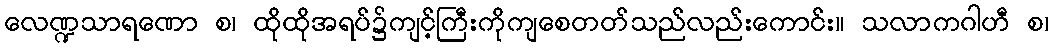
လေဏ္ဍသာရဏော စ၊ ထိုထိုအရပ်၌ကျင့်ကြီးကိုကျစေတတ်သည်လည်းကောင်း။ သလာကဂါဟီ စ၊